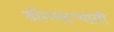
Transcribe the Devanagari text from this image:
डोंगरदऱ्यांनी